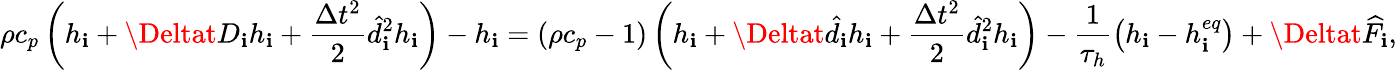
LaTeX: \rho{c_{p}}\left({{h_{\mathbf{i}}}+\Deltat{D_{\mathbf{i}}}{h_{\mathbf{i}}}+\frac{{{\Delta{t^{2}}}}}{{2}}\hat{{d}}_{\mathbf{i}}^{2}{h_{\mathbf{i}}}}\right)-{h_{\mathbf{i}}}=\left({\rho{c_{p}}-1}\right)\left({{h_{\mathbf{i}}}+\Deltat{{\hat{{d}}}_{\mathbf{i}}}{h_{\mathbf{i}}}+\frac{{{\Delta{t^{2}}}}}{{2}}\hat{{d}}_{\mathbf{i}}^{2}{h_{\mathbf{i}}}}\right)-\frac{{1}}{{{{\tau_{h}}}}}\left({{h_{\mathbf{i}}}-h_{\mathbf{i}}^{eq}}\right)+\Deltat{\widehat{F}_{\mathbf{i}}},